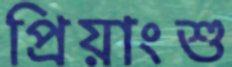
প্রিয়াংশু